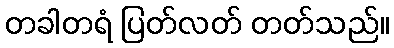
တခါတရံ ပြတ်လတ် တတ်သည်။